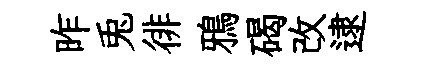
昨兎徘鴉碣改逮